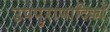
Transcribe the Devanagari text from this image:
उपपुराणादिकों